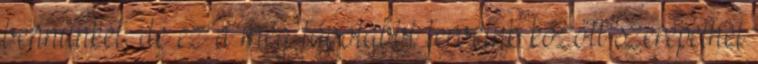
bennünket, de ez a még távolabbi terveink között szerepelhet